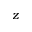
z